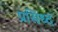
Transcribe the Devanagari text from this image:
प्रसिध्‍द